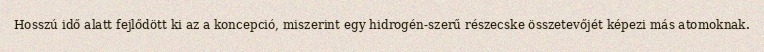
Hosszú idő alatt fejlődött ki az a koncepció, miszerint egy hidrogén-szerű részecske összetevőjét képezi más atomoknak.